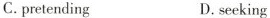
C.pretending D,seeking